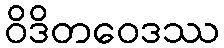
ဝိဒိတဝေဒဿ